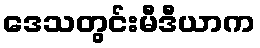
ဒေသတွင်းမီဒီယာက